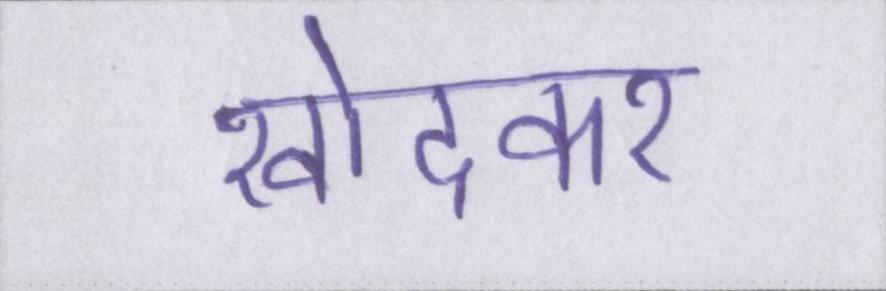
खोदकर